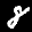
Label: 8